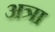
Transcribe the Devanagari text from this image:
अत्रा